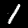
Label: 1